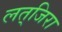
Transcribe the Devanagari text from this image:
लत्‌जिरा